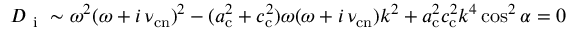
D _ { \mathrm { ~ i ~ } } \sim \omega ^ { 2 } ( \omega + i \, \nu _ { \mathrm { c n } } ) ^ { 2 } - ( a _ { \mathrm { c } } ^ { 2 } + c _ { \mathrm { c } } ^ { 2 } ) \omega ( \omega + i \, \nu _ { \mathrm { c n } } ) k ^ { 2 } + a _ { \mathrm { c } } ^ { 2 } c _ { \mathrm { c } } ^ { 2 } k ^ { 4 } \cos ^ { 2 } \alpha = 0